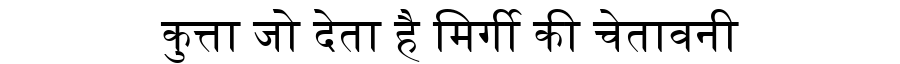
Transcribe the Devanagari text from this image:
कुत्ता जो देता है मिर्गी की चेतावनी